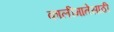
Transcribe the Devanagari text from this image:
कालीमातेसाठी